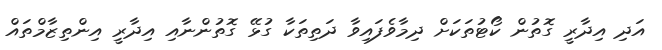
އަދި އިދާރީ ގޮތުން ކޯޓުތަކަށް ދިމާވެފައިވާ ދަތިތަކާ ގުޅޭ ގޮތުންނާއި އިދާރީ އިންތިޒާމްތައް